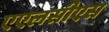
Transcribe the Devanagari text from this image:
एएलसीएस